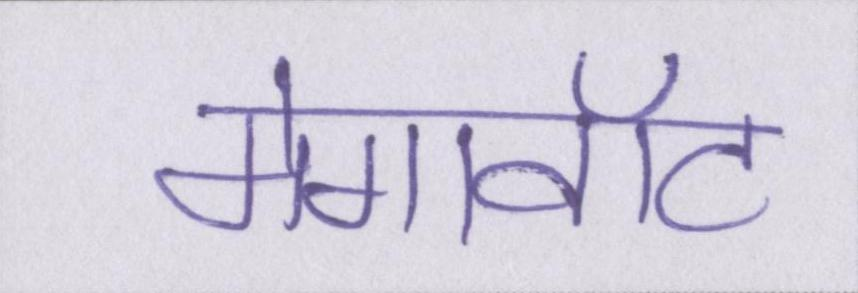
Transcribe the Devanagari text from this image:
मेगावॉट